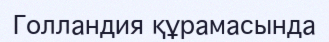
Голландия құрамасында